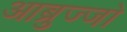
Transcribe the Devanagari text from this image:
आब्रुज्जो